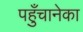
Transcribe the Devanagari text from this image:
पहुँचानेका